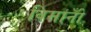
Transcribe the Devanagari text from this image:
विमानोँ